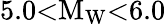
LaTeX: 5.0{<}\mathrm{M}_{\mathrm{W}}{<}6.0